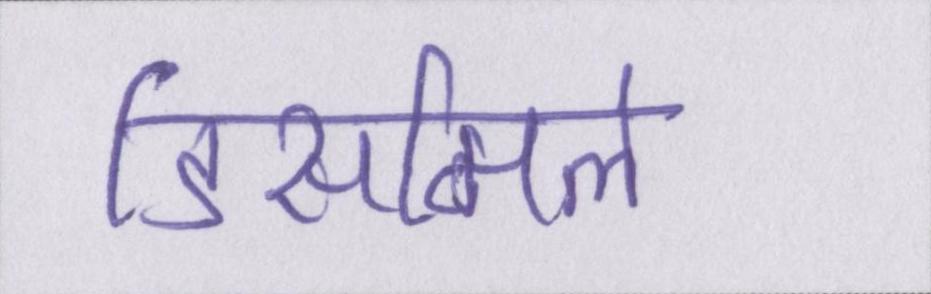
डिसमिल